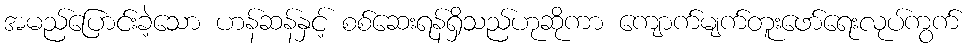
အမည်ပြောင်းခဲ့သော ဟန်ဆန်နှင့် စစ်ဆေးရန်ရှိသည်ဟုဆိုကာ ကျောက်မျက်တူးဖော်ရေးလုပ်ကွက်